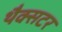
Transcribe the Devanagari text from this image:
थैक्सटर